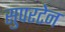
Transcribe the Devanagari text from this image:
सुपरटेन